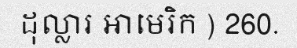
ដុល្លារ អាមេរិក ) 260.